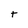
Character: t